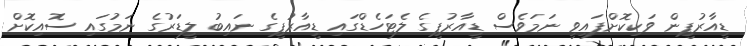
ޑީއާރުޕީން ވަކިކޮށްފައިވީ ނަމަވެސް ޑީއާރުޕީގެ ލެޓަހެޑްގައި ޑީއާރުޕީގެ ނައިބު ލީޑަރުގެ ނަމުގައި ސޮއިކޮށް